Civil Veterinary Department Bengal reports 1923-33 - 1923-1933
Year: 1923
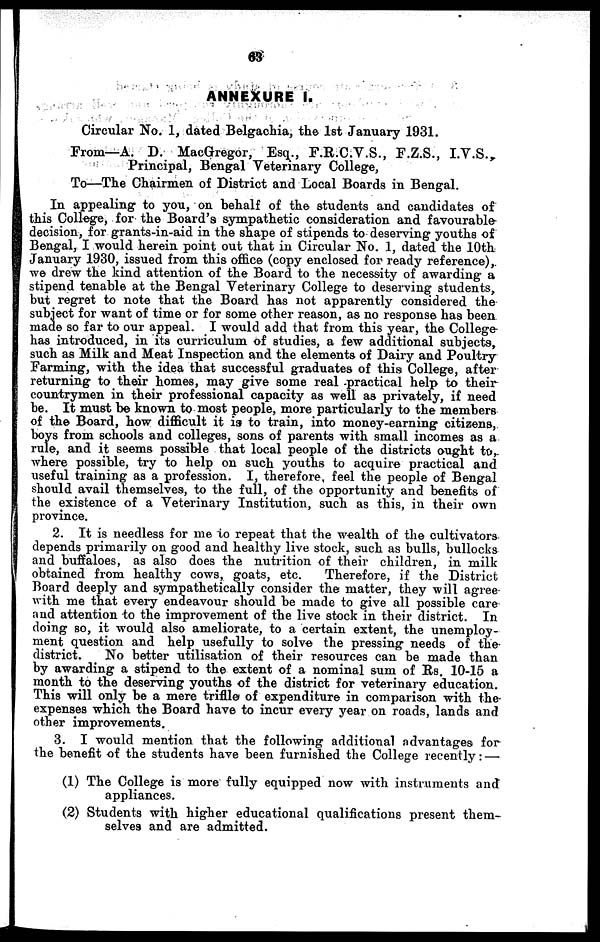
63
ANNEXURE I.
Circular No. 1, dated Belgachia, the 1st January 1931.
From—A. D. MacGregor, Esq., F.R.C.V.S., F.Z.S., I.V.S.
Principal, Bengal Veterinary College,
To—The Chairmen of District and Local Boards in Bengal.
In appealing to you, on behalf of the students and candidates of
this College, for the Board's sympathetic consideration and favourable-
decision, for grants-in-aid in the shape of stipends to deserving youths of
Bengal, I would herein point out that in Circular No. 1, dated the 10th
January 1930, issued from this office (copy enclosed for ready reference),
we drew the kind attention of the Board to the necessity of awarding a
stipend tenable at the Bengal Veterinary College to deserving students,
but regret to note that the Board has not apparently considered the
subject for want of time or for some other reason, as no response has been
made so far to our appeal. I would add that from this year, the College-
has introduced, in its curriculum of studies, a few additional subjects,
such as Milk and Meat Inspection and the elements of Dairy and Poultry
Farming, with the idea that successful graduates of this College, after
returning to their homes, may give some real practical help to their
countrymen in their professional capacity as well as privately, if need
he. It must be known to most people, more particularly to the members
of the Board, how difficult it is to train, into money-earning citizens,
boys from schools and colleges, sons of parents with small incomes as a
rule, and it seems possible that local people of the districts ought to,
where possible, try to help on such youths to acquire practical and
useful training as a profession. I, therefore, feel the people of Bengal
should avail themselves, to the full, of the opportunity and benefits of
the existence of a Veterinary Institution, such as this, in their own
province.
2. It is needless for me to repeat that the wealth of the cultivators
depends primarily on good and healthy live stock, such as bulls, bullocks
and buffaloes, as also does the nutrition of their children, in milk
obtained from healthy cows, goats, etc.
Therefore, if the District
Board deeply and sympathetically consider the matter, they will agree
with me that every endeavour should be made to give all possible care
and attention to the improvement of the live stock in their district. In
doing so, it would also ameliorate, to a certain extent, the unemploy-
ment question and help usefully to solve the pressing needs of the
district.
No better utilisation of their resources can be made than
by awarding a stipend to the extent of a nominal sum of Rs. 10-15 a
month to the deserving youths of the district for veterinary education.
This will only be a mere triflle of expenditure in comparison with the
expenses which the Board have to incur every year on roads, lands and
other improvements.
3. I would mention that the following additional advantages for
the benefit of the students have been furnished the College recently : —
(1) The College is more fully equipped now with instruments and
appliances.
(2) Students with higher educational qualifications present them-
selves and are admitted.